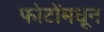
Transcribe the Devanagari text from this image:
फोटोंमधून